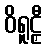
ဝိရူဠှီ